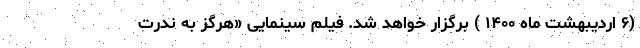
(۶ اردیبهشت ماه ۱۴۰۰ ) برگزار خواهد شد. فیلم سینمایی «هرگز به ندرت